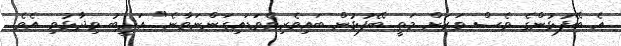
އެ ބޭފުޅުންގެ ވެސް ވަރަށް މަތީ ބޭފުޅުން ބައިވެރިވެވަޑައިގަންނަވާނެ" އަދީބު ވިދާޅުވި އެވެ.